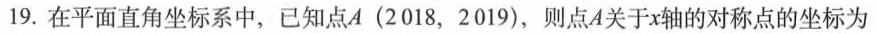
19.在平面直角坐标系中，已知点A(2018，2019)，则点A关于x轴的对称点的坐标为()